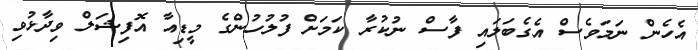
އެހެން ނަމަވެސް އެގެބަލައި ފާސް ނުކުރާ ކަމަށް ފުލުހުންގެ މީޑިއާ އޮފިޝަލް ވިދާޅުވި